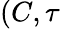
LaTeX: (C,\tau